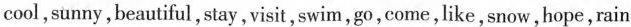
cool,sunny,beautiful, stay, visit, swim,go,come, like, snow,hope, rain